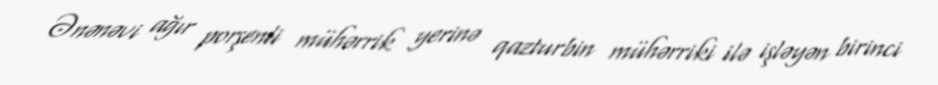
Ənənəvi ağır porşenli mühərrik yerinə qazturbin mühərriki ilə işləyən birinci